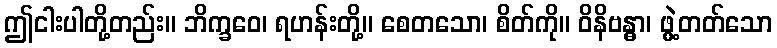
ဤငါးပါတို့တည်း။ ဘိက္ခဝေ၊ ရဟန်းတို့။ စေတသော၊ စိတ်ကို။ ဝိနိဗန္ဓာ၊ ဖွဲ့တတ်သော